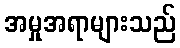
အမှုအရာများသည်